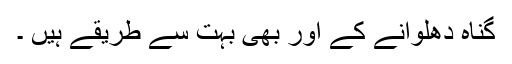
گناہ دھلوانے کے اور بھی بہت سے طریقے ہیں ۔